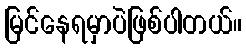
မြင်နေရမှာပဲဖြစ်ပါတယ်။